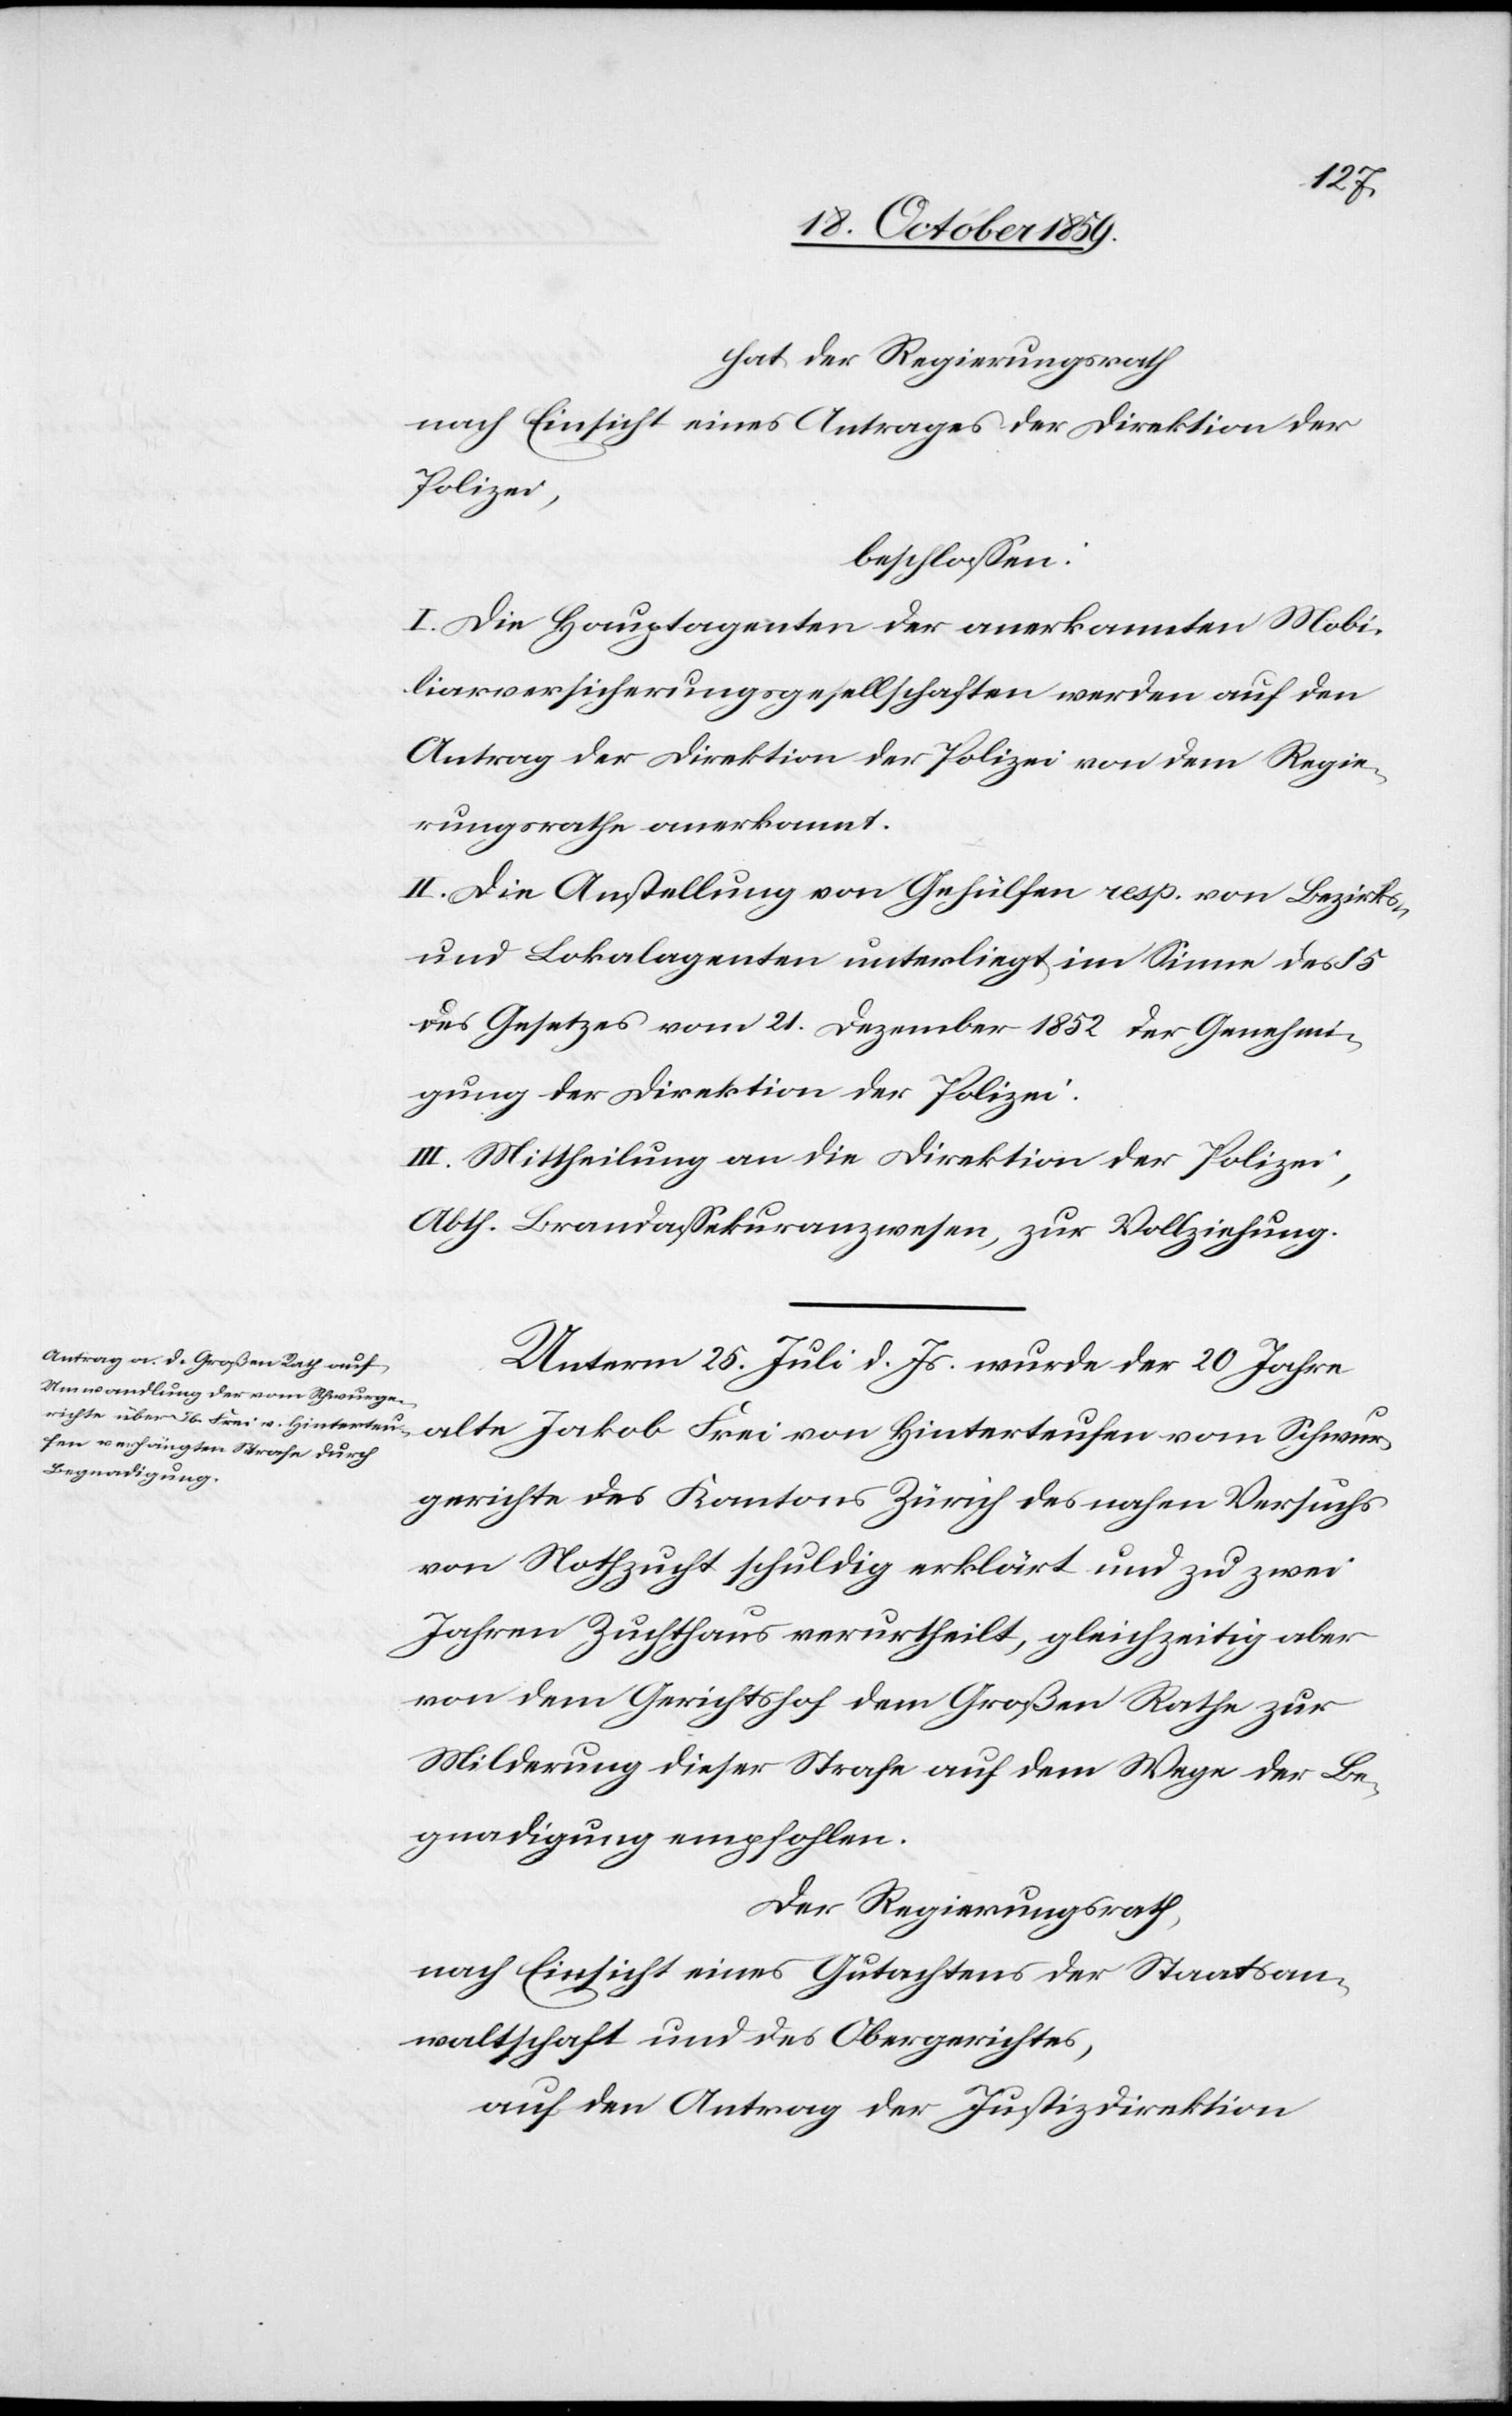
Schwur¬
hat der Regierungsrath
nach Einsicht eines Antrages der Direktion der
Polizei,
beschlossen:
I. Die Hauptagenten der anerkannten Mobi¬
liarversicherungsgesellschaften werden auf den
Antrag der Direktion der Polizei von dem Regie¬
rungsrath anerkannt.
II. Die Anstellung von Gehülfen resp. von Bezirks-
und Lokalagenten unterliegt im Sinne des § 5
des Gesetzes vom 21. Dezember 1852 der Genehmi¬
gung der Direktion der Polizei.
II. Mittheilung an die Direktion der Polizei,
Abth. Brandassekuranzwesen, zu Vollziehung.
Unterm 25. Juli d. Js. wurde der 20 Jahre
gerichte des Kantons Zürich des nahen Versuchs
von Nothzucht schuldig erklärt und zu zwei
Jahren Zuchthaus verurtheilt, gleichzeitig aber
von dem Gerichtshof dem Großen Rathe zur
Milderung dieser Strafe auf dem Wege der Be¬
gnadigung empfohlen.
Der Regierungsrath,
nach Einsicht eines Gutachtens der Staatsan¬
waltschaft und des Obergerichtes,
auf den Antrag der Justizdirektion